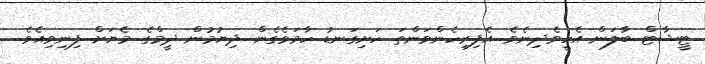
ޓީޝާޓް ބާލަން އެހީވެދިނެވެ. އެފިރިހެންވަންތަ ހަށިގަނޑު ހާމަވެގެން ދިޔުމުން ދީމްގެ މެޔަށް ފިނިވިއެވެ.